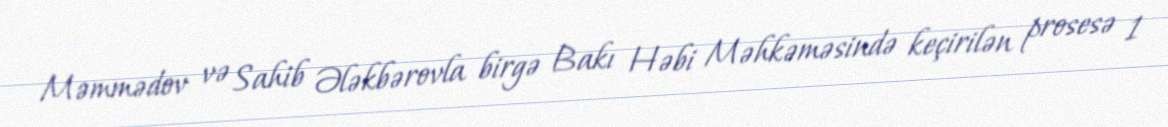
Məmmədov və Sahib Ələkbərovla birgə Bakı Həbi Məhkəməsində keçirilən prosesə 1